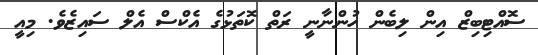
ސޮއްޓިބިޒް އިން ލިބެން ހުންނާނީ ރަތް ކޮތަޅުގެ އެކްސް އެލް ސައިޒެވެ. މިއީ